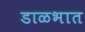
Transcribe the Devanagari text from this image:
डाळभात